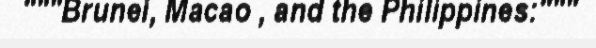
"""Brunei, Macao , and the Philippines:"""